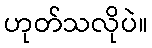
ဟုတ်သလိုပဲ။